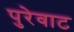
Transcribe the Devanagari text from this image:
पुरेवाट